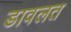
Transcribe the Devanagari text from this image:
डावलत